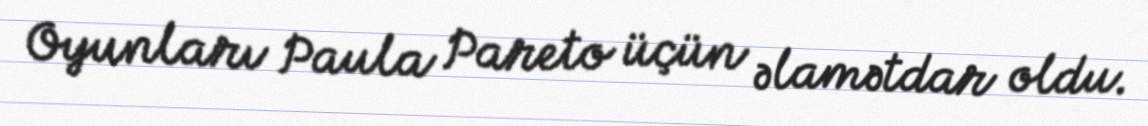
Oyunları Paula Pareto üçün əlamətdar oldu.